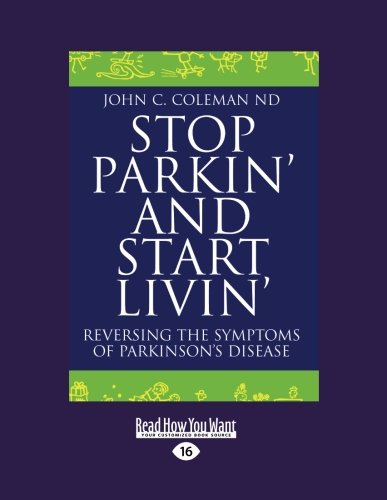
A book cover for Stop Parkin' and Start Livin'; John C ND; Health, Fitness & Dieting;